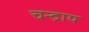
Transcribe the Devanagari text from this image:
चन्द्राय